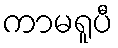
ကာမရူပီ